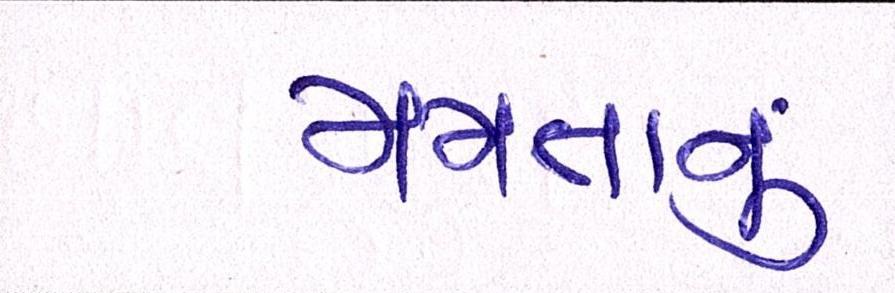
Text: મમતાનું